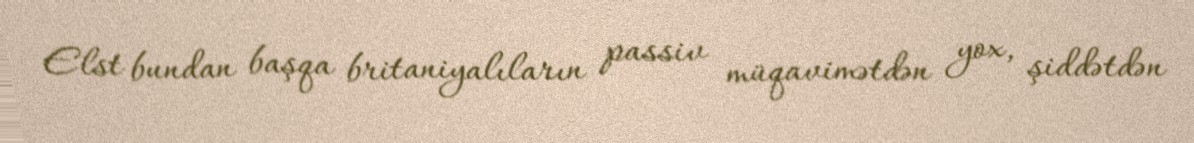
Elst bundan başqa britaniyalıların passiv müqavimətdən yox, şiddətdən